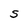
Character: S